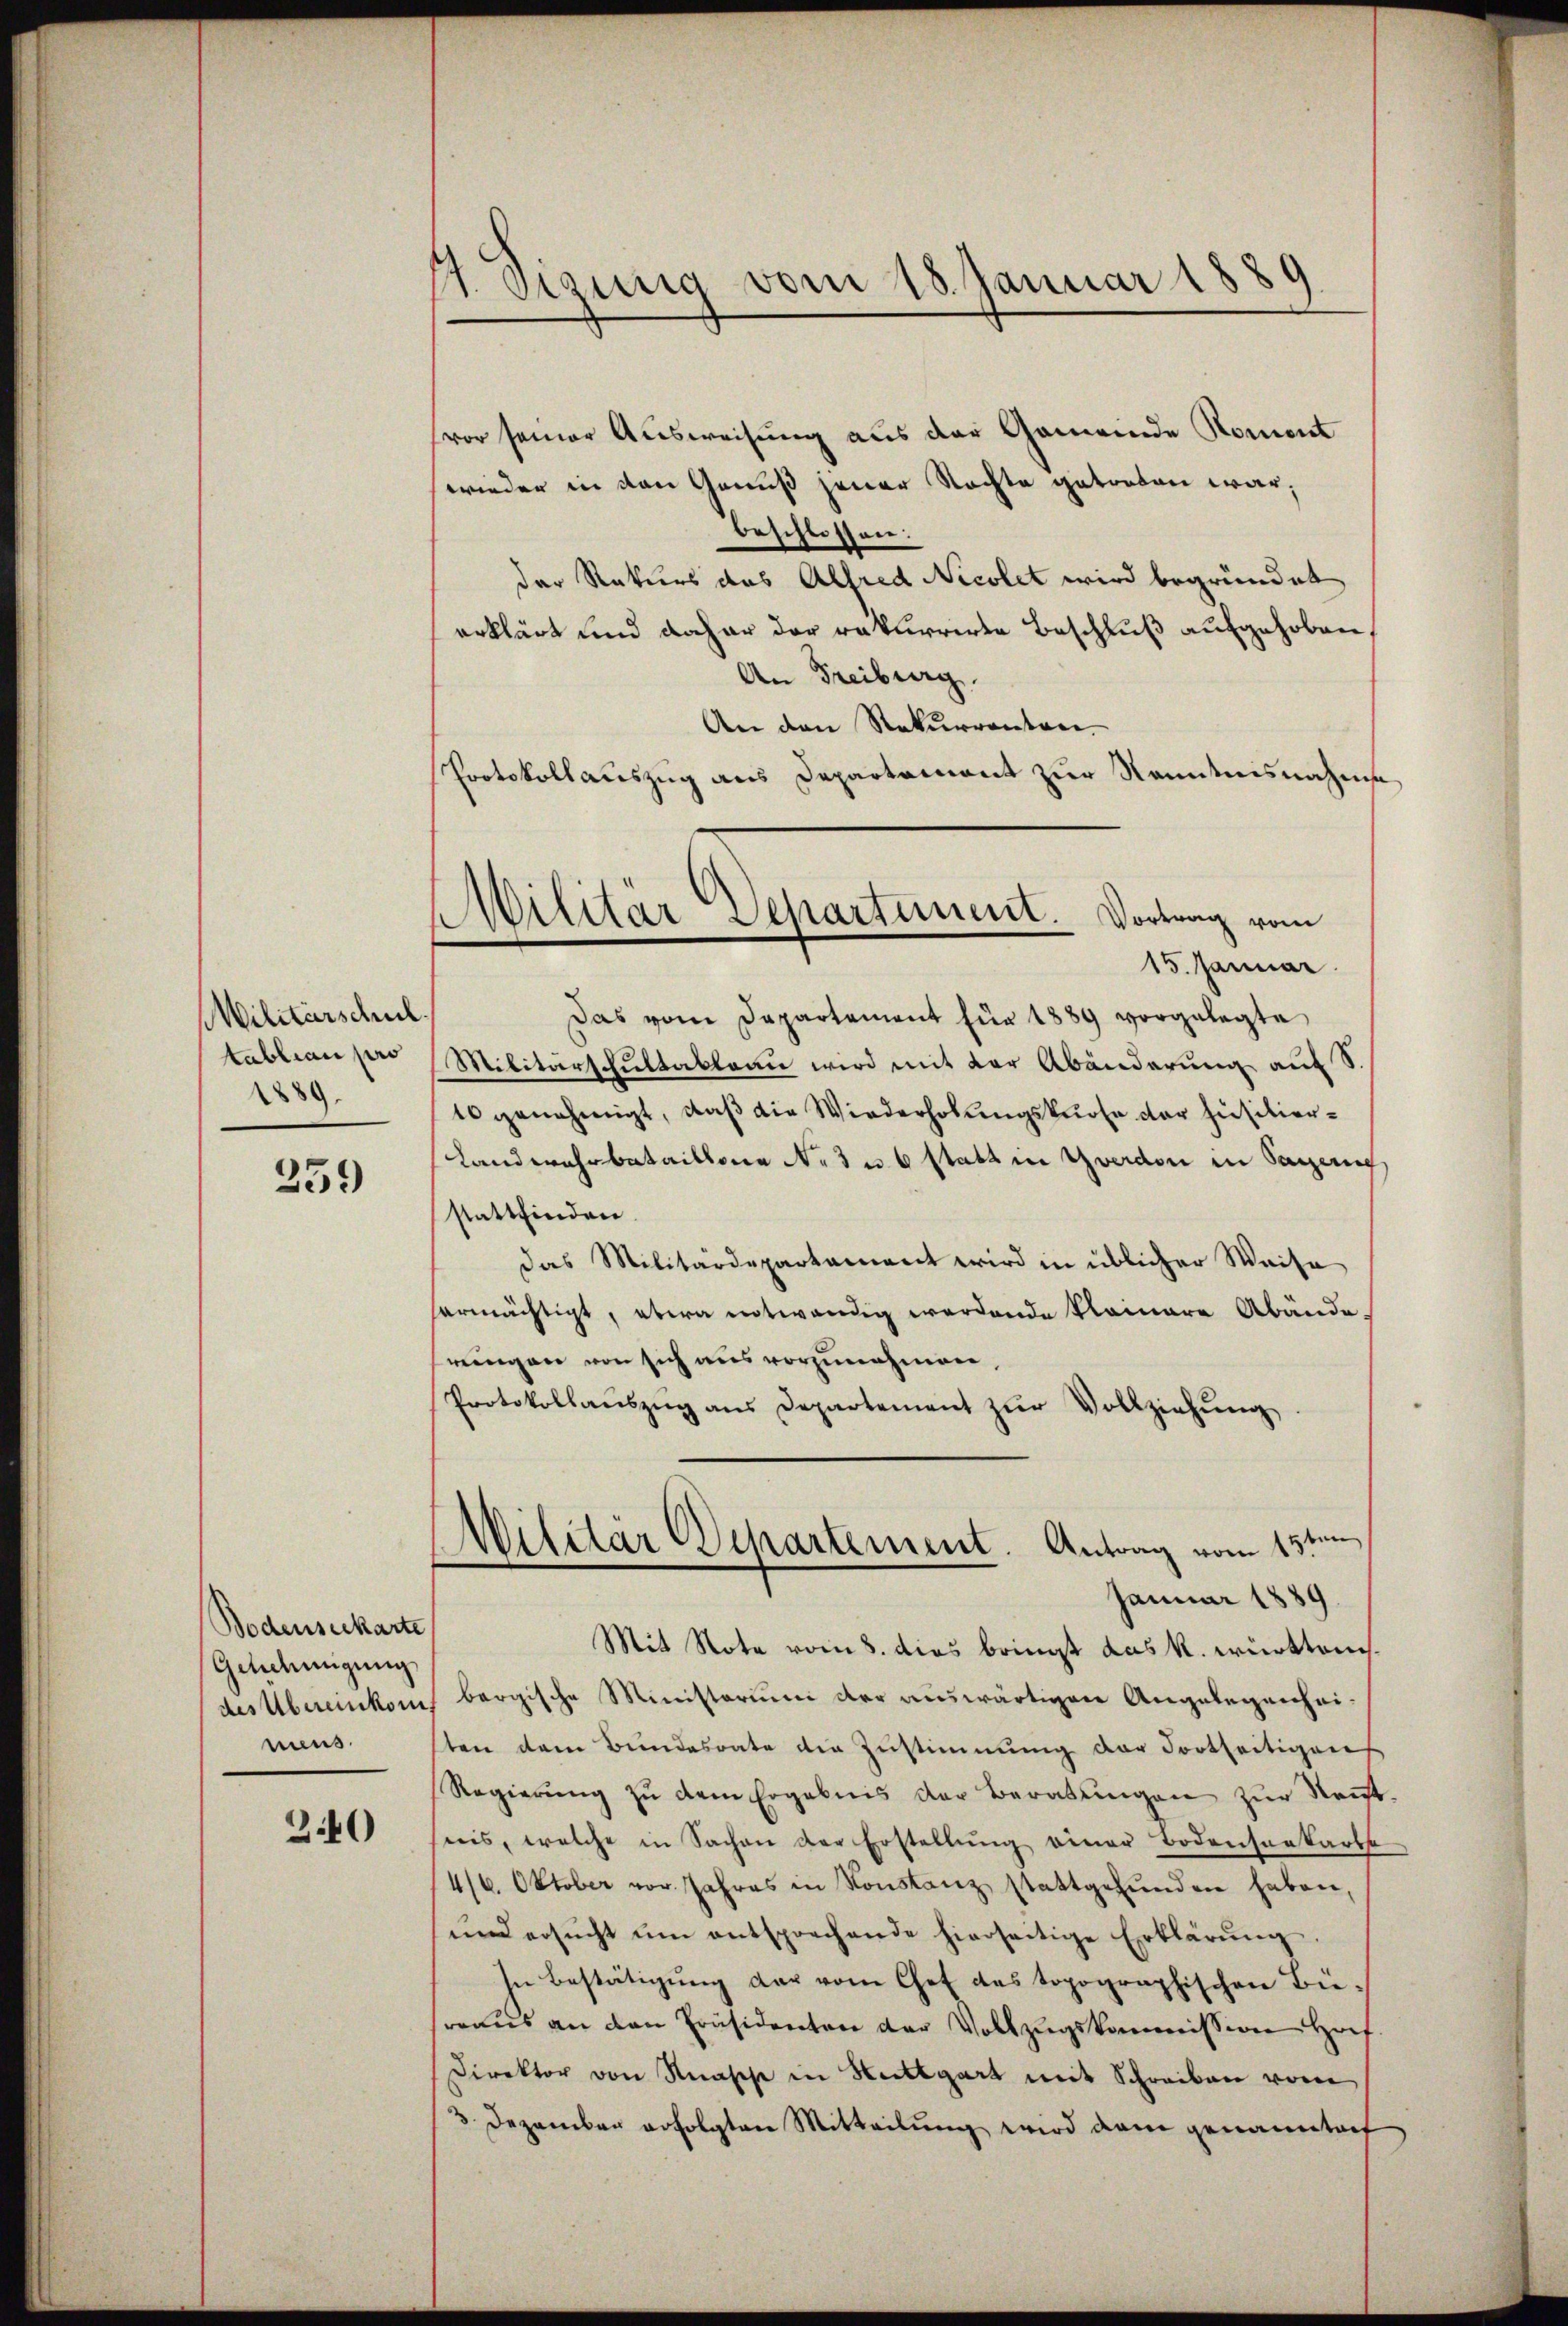
MMilitärschul
tablian pro
1889.

259

Bodenseckarte
Genehmigung
des Übereinkommus.

3.40

St. Mannig vom 18. Januar 1889

Militar Departement. Vortrag vom
e
15. Januar

vor seiner Ausweisung aus der Gemeinde Koment
wieder in den Genuß jener Rechte getreten war;
beschlossen:
der Rekurs das Alfred Nicolet wird begründet
erklärt und daher der rekurrirte Beschluß aufgehoben,
An Freiburg.
An den Rekurrentore
Protokollauszug aus Departement zur Kenntnisnahms
Das vom Departament für 1889 vorgelegte
Militärscultableau wird mit der Abänderung auf
10 genehmigt, daβ die Wiederholŭngskurse der Füsilier-
Landwehrbataillone No 3 u. 6 statt in Yverdon in Sagen
stattfinden.
das Militärdepartament wird in üblicher Weise
hermächtigt, etwa notwendig werdende kleinere Abände-
rungen von sich aus vorzunehmen,
Protokollaŭszŭg ans Departement zŭr Vollziehŭng
Militär Departement. Antrag vom 13ten
Januar 1889
Mit Note vom 8. dies bringt das k. württemisbergische Ministerium der auswärtigen Angelegenheisten dem Bundesrate die Zustimmung der Fortseitigen
Regierŭng zŭ dem Ergebnis der Beratŭngen zur Kant
sreis, welche in Sachen der Erstellŭng einer Bodenserkarte
4/6. Oktober vor. Jahres in Konstanz stattgefŭnden haben,
und ersŭcht ŭm entsprechende hierseitige Erklärŭng.
In Bestätigŭng der vom Chef des topographischen Bie-
srraus an den Präsidenten der Vollzugskommission Hof.
Direktor von Knasche in Hettgart mit Schreiben vom
3 Dezember erfolgten Mitteilung wird dem genannten